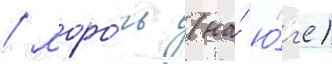
/ моро́чь (на́ ю́г'е)